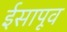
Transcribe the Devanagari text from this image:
ईसापूव